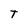
Character: T